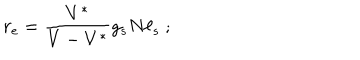
r _ { \mathrm { e } } = { \frac { V ^ { * } } { V - V ^ { * } } } g _ { s } N \ell _ { s } \ ;